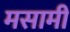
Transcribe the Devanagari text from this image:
मसामी